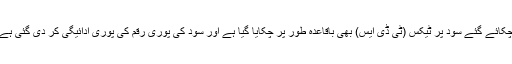
چکائے گئے سود پر ٹیکس (ٹی ڈی ایس) بھی باقاعدہ طور پر چکایا گیا ہے اور سود کی پوری رقم کی پوری ادائیگی کر دی گئی ہے۔